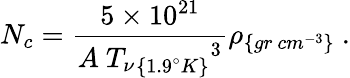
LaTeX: N_{c}=\frac{5\times 10^{21}}{A~{{T_{\nu}}_{\{ 1.9^{\circ}K\} }}^{3}}\rho_{\{ gr~cm^{-3}\} }~.